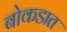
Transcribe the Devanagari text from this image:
बोकडात